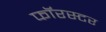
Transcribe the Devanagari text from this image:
फॉरस्टर